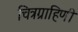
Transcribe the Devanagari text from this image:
चित्रग्राहिणी